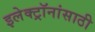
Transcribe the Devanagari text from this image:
इलेक्ट्रॉनांसाठी